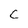
Character: c